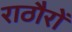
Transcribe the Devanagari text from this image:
राठौरों